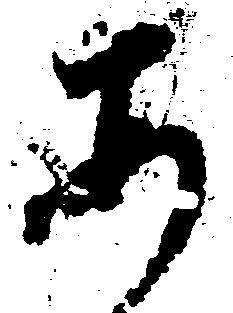
あ